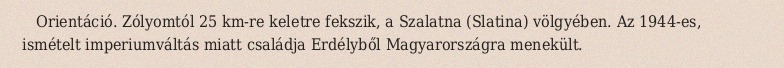
Orientáció. Zólyomtól 25 km-re keletre fekszik, a Szalatna (Slatina) völgyében. Az 1944-es, ismételt imperiumváltás miatt családja Erdélyből Magyarországra menekült.